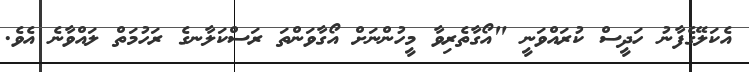
އެކަލޭގެފާނު ހަދީސް ކުރައްވަނީ "އޯގާތެރިވާ މީހުންނަށް އޯގާވަންތަ ރަސްކަލާނގެ ރަހުމަތް ލައްވާނެ އެވެ.